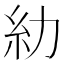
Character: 糼